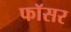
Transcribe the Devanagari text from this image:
फॉसर